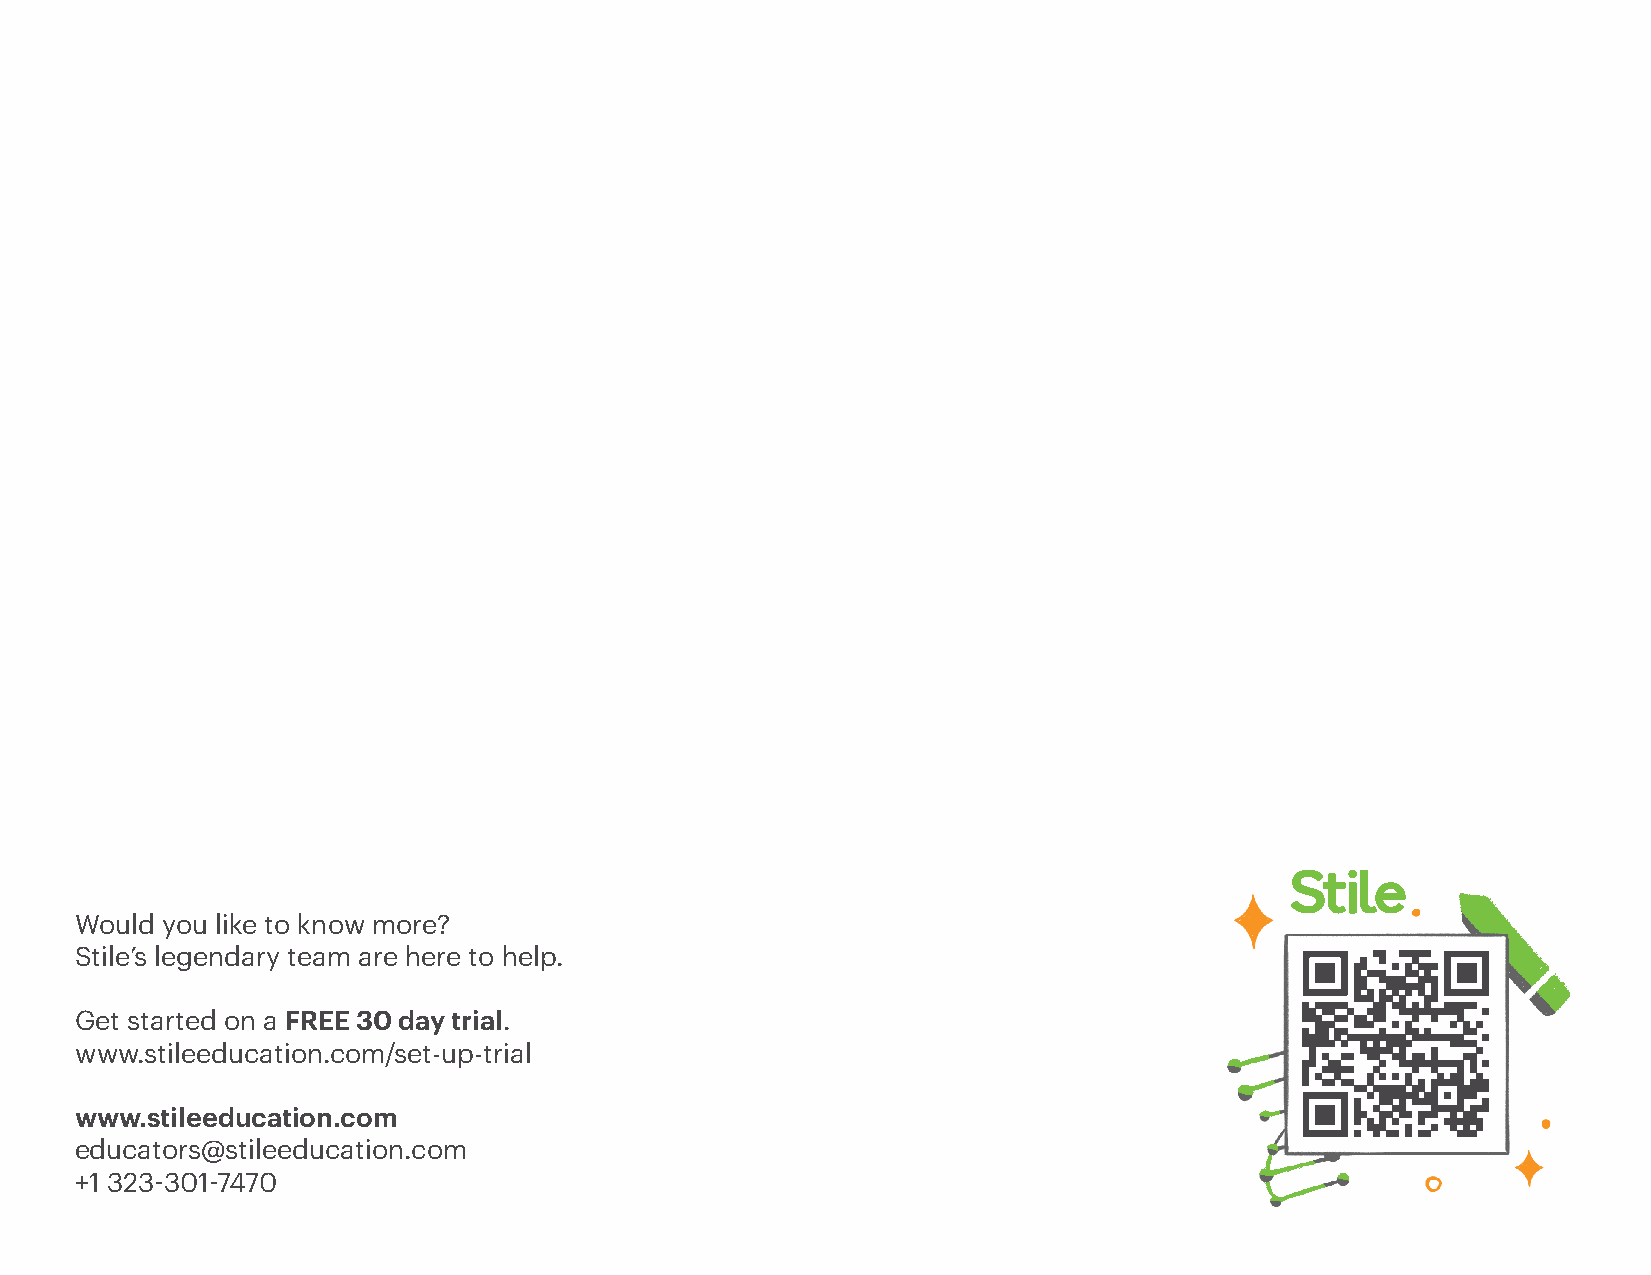
Would you like to know more?
 Stile’s legendary team are here to help.
 Get started on a FREE 30 day trial.
 www.stileeducation.com/set-up-trial
 www.stileeducation.com
 educators@stileeducation.com
 +1 323-301-7470
 Stile 2022                                                                                        30